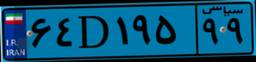
۷۰D۱۰۵۱۸